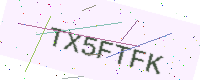
Text: TX5FTFK